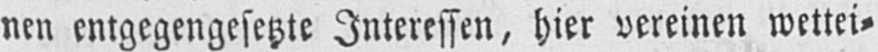
nen entgegengesetzte Interessen, hier vereinen wettei⸗